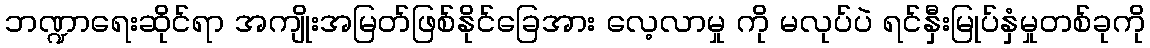
ဘဏ္ဍာရေးဆိုင်ရာ အကျိုးအမြတ်ဖြစ်နိုင်ခြေအား လေ့လာမှု ကို မလုပ်ပဲ ရင်နှီးမြုပ်နှံမှုတစ်ခုကို